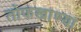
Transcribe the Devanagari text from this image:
तोफखाण्या